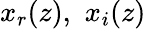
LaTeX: x_{r}(z),\, \, x_{i}(z)